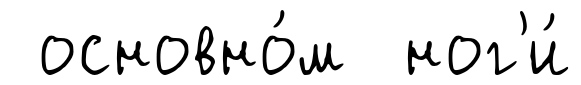
основно́м ног'и́